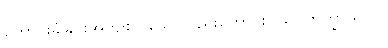
တောင်းခံခြင်းအကျိုးငှာသော်လည်းကောင်း။ သပ္ပိဘိက္ခာယ ဝါ၊